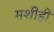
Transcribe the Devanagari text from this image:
मशीही